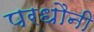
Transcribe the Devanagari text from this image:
परधौनी